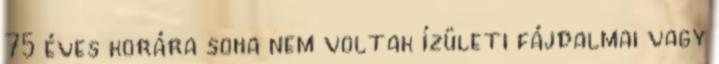
75 éves korára soha nem voltak ízületi fájdalmai vagy